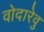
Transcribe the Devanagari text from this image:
वोदारेवु